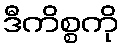
ဒီကိစ္စကို